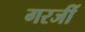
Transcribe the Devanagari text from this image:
गरजीं